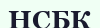
НСБК